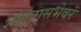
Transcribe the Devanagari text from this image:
शांततासभेवर